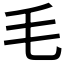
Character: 毛